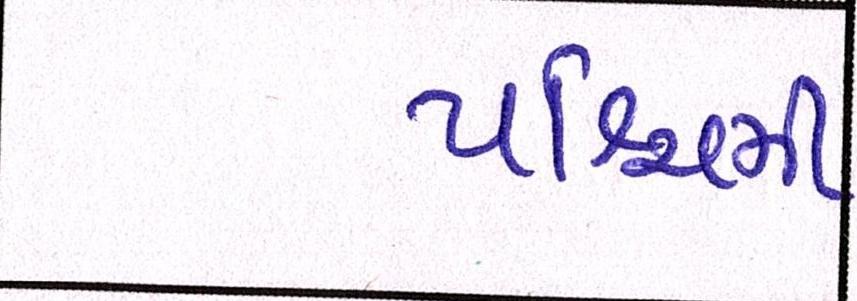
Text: પશ્ચિમી